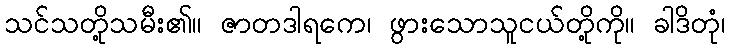
သင်သတို့သမီး၏။ ဇာတဒါရကေ၊ ဖွားသောသူငယ်တို့ကို။ ခါဒိတုံ၊